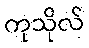
ကုသိုလ်